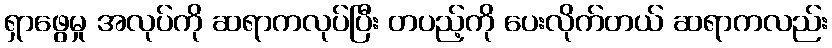
ရှာဖွေမှု အလုပ်ကို ဆရာကလုပ်ပြီး တပည့်ကို ပေးလိုက်တယ် ဆရာကလည်း